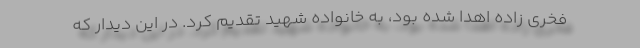
فخری زاده اهدا شده بود، به خانواده شهید تقدیم کرد. در این دیدار که